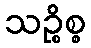
သဉ္စိစ္စ